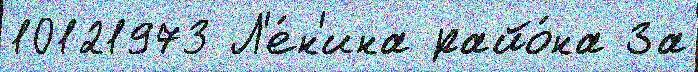
10121973 Л'е́н'ина райо́на За